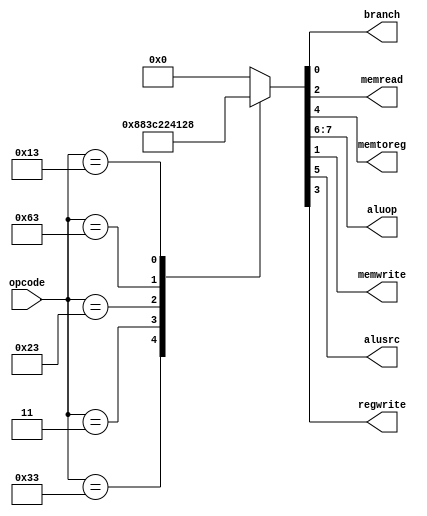
module maincontrol(opcode, branch, memread, memtoreg, aluop, memwrite, alusrc, regwrite);

  //opcode types
  localparam I    = 7'b0010011;
  localparam S    = 7'b0100011;
  localparam SB   = 7'b1100011;
  localparam I_LD = 7'b0000011;
  localparam R    = 7'b0110011;
  //localparam J    = 7'b1101111;

  input [6:0] opcode;

  output reg branch, memread, memtoreg, memwrite, alusrc, regwrite;
  output reg [1:0] aluop;

  always @ (opcode)
    begin
      case (opcode)
        R:
          {aluop, alusrc, memtoreg, regwrite, memread, memwrite, branch} <= 8'b10_0_0_1_0_0_0;
        I_LD:
          {aluop, alusrc, memtoreg, regwrite, memread, memwrite, branch} <= 8'b00_1_1_1_1_0_0;
        S:
          {aluop, alusrc, memtoreg, regwrite, memread, memwrite, branch} <= 8'b00_1_0_0_0_1_0;
        SB:
          {aluop, alusrc, memtoreg, regwrite, memread, memwrite, branch} <= 8'b01_0_0_0_0_0_1;
        I: // for addi (i-type)
          {aluop, alusrc, memtoreg, regwrite, memread, memwrite, branch} <= 8'b00_1_0_1_0_0_0;
        //J:
        //  {aluop, alusrc, memtoreg, regwrite, memread, memwrite, branch} <= 8'b01_1_0_1_0_0_1;
        default:
          {aluop, alusrc, memtoreg, regwrite, memread, memwrite, branch} <= 8'b00_0_0_0_0_0_0;
      endcase
    end

endmodule